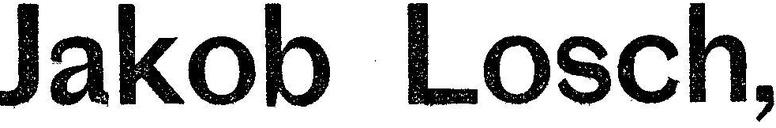
Jakob Losch,